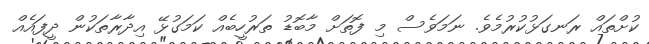
ކުށްތައް ރަނގަޅުކުރުމެވެ. ނަމަވެސް މި ފޮތަށް މާބޮޑު ތަރުހީބެއް ކަމަގުޅޭ އިދާރާތަކުން ދީފައެއް